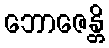
ဘောဇေန္တိ